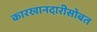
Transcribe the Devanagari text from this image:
कारखानदारीसोबत